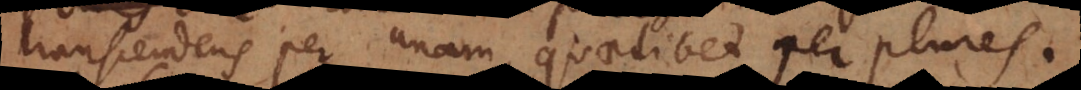
transcendens per unam, quaelibet per plures.